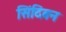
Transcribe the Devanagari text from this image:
सिंदिबन